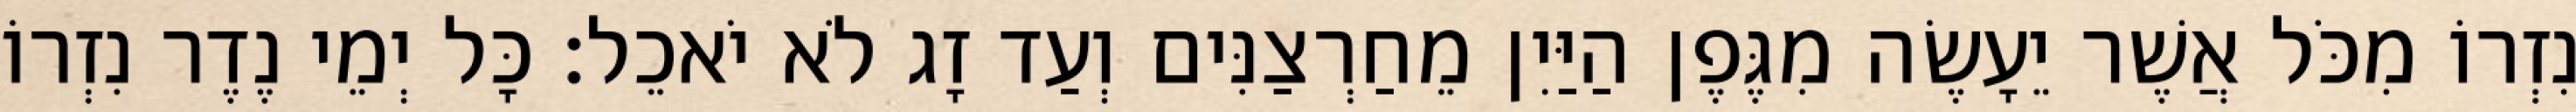
נִזְרוֹ מִכֹּל אֲשֶׁר יֵעָשֶׂה מִגֶּפֶן הַיַּיִן מֵחַרְצַנִּים וְעַד זָג לֹא יֹאכֵל׃ כָּל יְמֵי נֶדֶר נִזְרוֹ